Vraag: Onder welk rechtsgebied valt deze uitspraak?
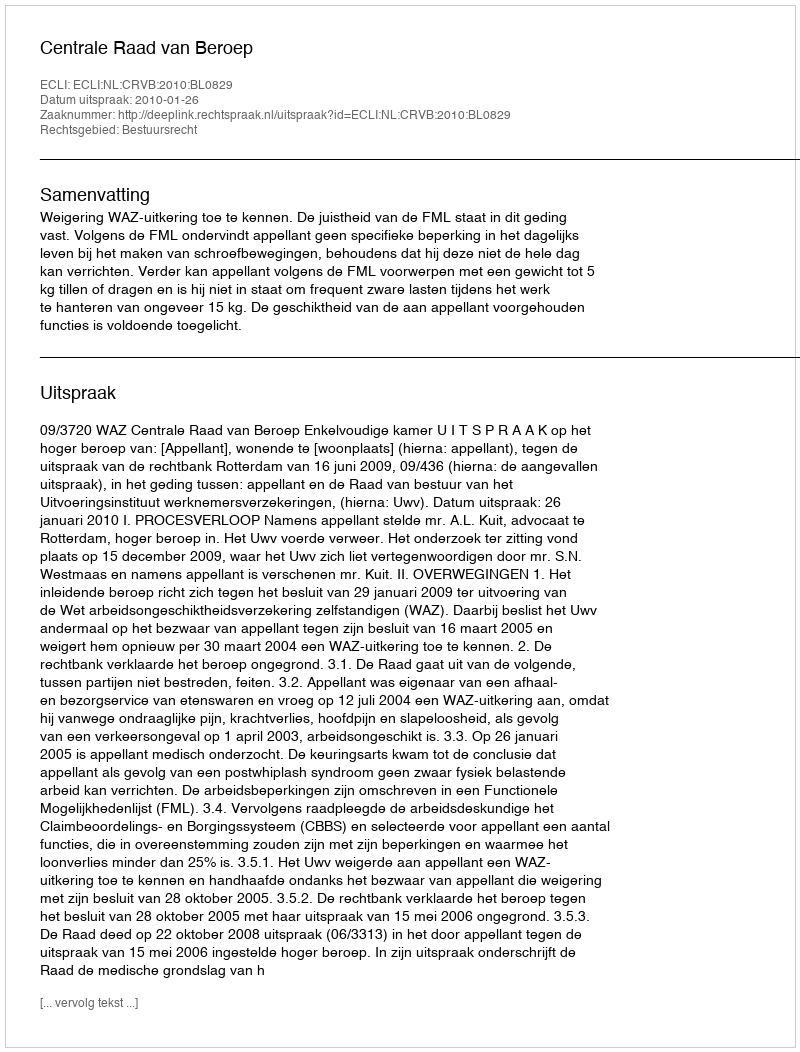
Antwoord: Bestuursrecht